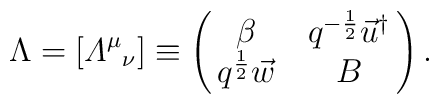
\Lambda=[{{\mit\Lambda}^\mu}_\nu]\equiv\pmatrix{\beta&q^{-\frac12}\vec u^\dagger\cr q^\frac12\vec w&B}.